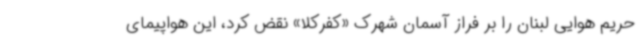
حریم هوایی لبنان را بر فراز آسمان شهرک «کفرکلا» نقض کرد، این هواپیمای